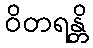
ဝိတရန္တိ